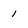
Character: 1